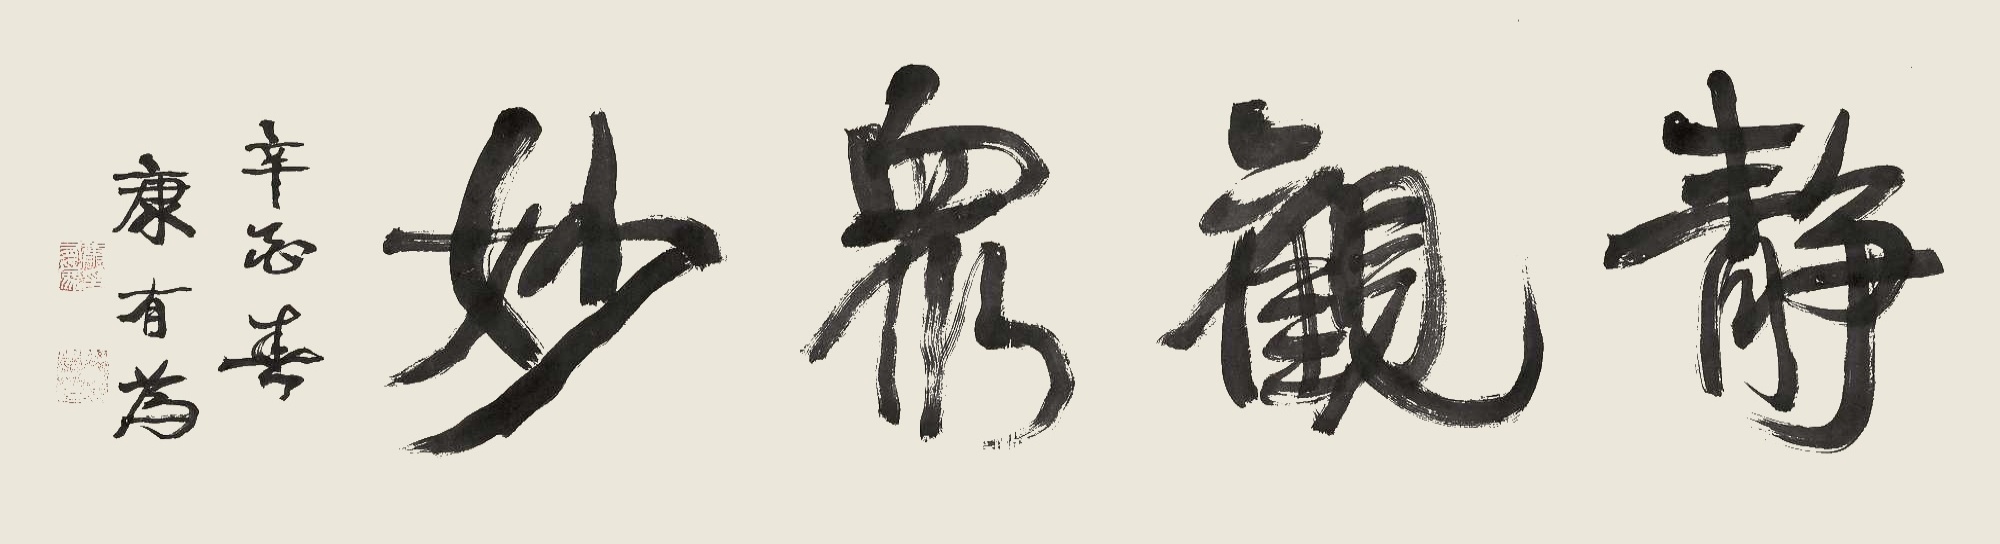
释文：静观众妙辛酉春康有为。